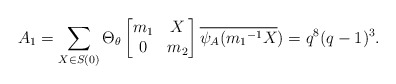
\begin{align*} A_{1}=\sum_{X \in S(0)}\Theta_{\theta} \begin{bmatrix} m_{1} & X\\ 0 & m_{2}\end{bmatrix}\overline{\psi_A({m_{1}}^{-1}X})=q^{8}(q-1)^{3}.\end{align*}